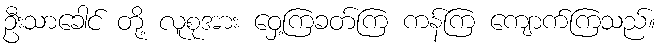
ဦးသာခေါင် တို့ လူစုအား ဝှေ့ကြခတ်ကြ ကန်ကြ ကျောက်ကြသည်။